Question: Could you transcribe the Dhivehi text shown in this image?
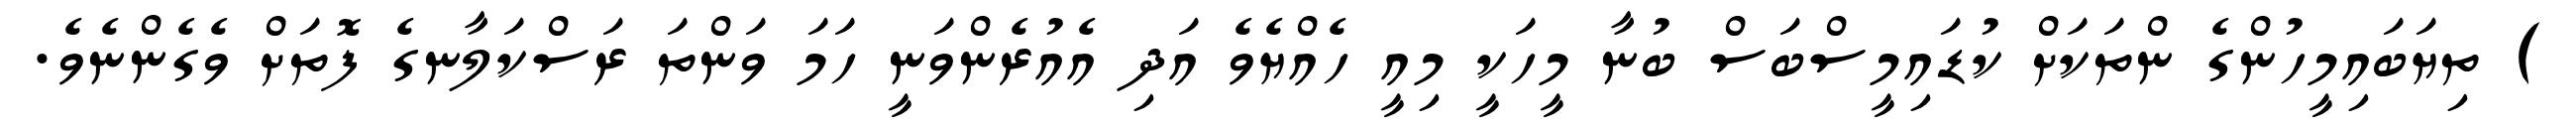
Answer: ) ތިޔަބައިމީހުންގެ ންތަކަށް ކުޑައިމީސްބަސް ބުނާ މީހަކީ މިއީ ހެއްޔެވެ އަދި އެއުރެންވަނީ ހަމަ ވަންތަ ރަސްކަލާނގެ ފޮތަށް ވެގެންނެވެ.